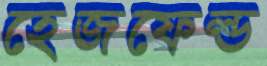
হেজফেল্ড